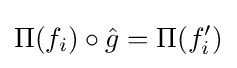
\Pi (f_{i})\circ {\hat {g}}=\Pi (f'_{i})